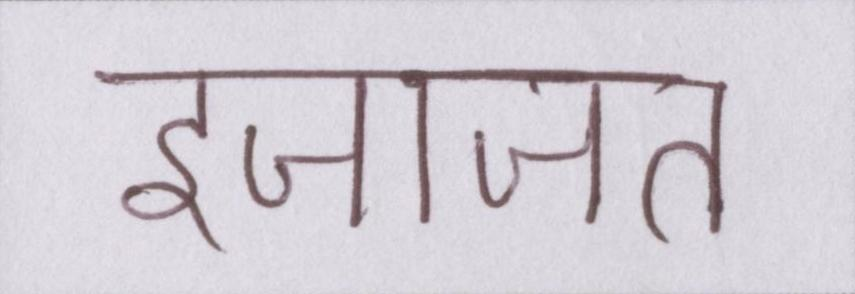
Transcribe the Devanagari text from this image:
इजाजत